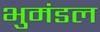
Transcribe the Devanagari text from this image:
भुमंडल